Calcutta medical institutions reports 1892-1900
Year: 1892
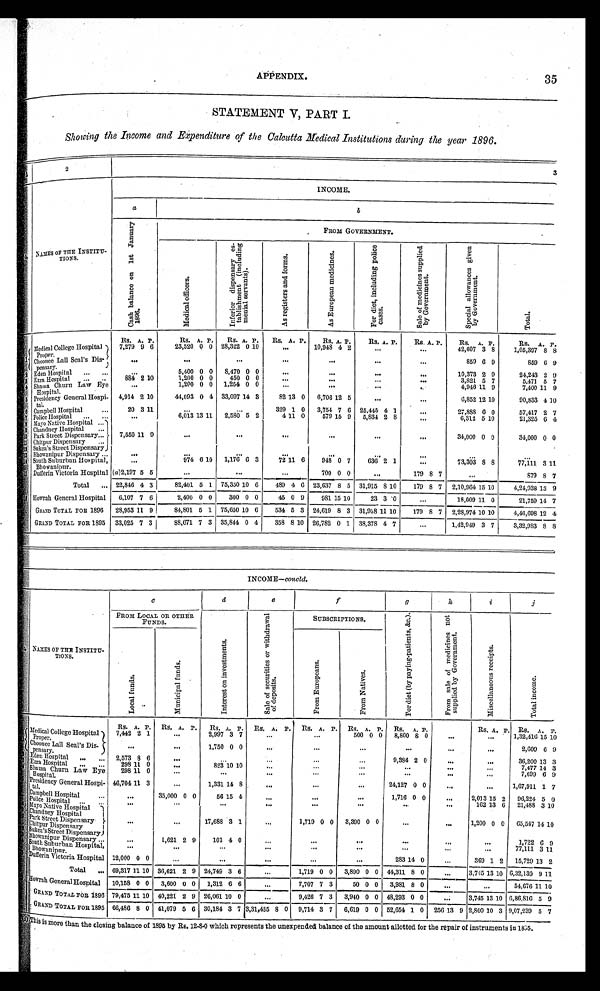
APPENDIX.
35
STATEMENT V, PART I.
Showing the Income and Expenditure of the Calcutta Medical Institutions during the year 1896.
< i l l e g i b l e > 1
2
3
< i l l e g i b l e > 4
NAMES OF THE INSTITU-TIONS.
INCOME.
a
b
C a s h b a l a n c e o n 1 s t J a n u a r y 1 8 9 6 .
FROM GOVERNMENT.
M e d i c a l o f f i c e r s .
I n f e r i o r d i s p e n s a r y e s - t a b l i s h m e n t ( i n c l u d i n g m e n i a l s e r v a n t s ) .
A s r e g i s t e r s a n d f o r m s .
A s E u r p o e a n m e d i c i n e s .
F o r d i e t , i n c l u d i n g p o l i c e c a s e s .
S a l e o f m e d i c i n e s s u p p l i e d b y G o v e r n m e n t .
S p e c i a l a l l o w a n c e s g i v e n b y G o v e r n m e n t .
T o t a l .
Rs. A. P.
Rs. A. P.
Re. A. P.
Rs. A. P.
Rs. A. P.
Rs. A. P.
Rs. A. P.
Rs. A. P.
Rs. A. P.
1 Medical College Hospital Proper. 7,279 9 6
23,520 0 0 28,322 0 10
. . .10,948 4 2
. . .
. . .
42,607 3
8
1,05,397
8
8
Choonee Lall Seal's Dis-pessary.
. . .
. . .
. . .
. . .
. . .
. . .
. . .
859 6 9
859
6 9
2
E d e n H o s p i t a l
. . .
. . .
5,400 0 0
8,470
0
0
. . .
. . .
. . .
. . .
10,373 2 9
24,243 2
9
3 Ezra Hospi t al . . .
884 2 10
1,200 0 0
450 0 0
. . .
. . .
. . .
. . .
3,821 5 7
5,471 5 7
4 Shama Churn Law Eye Hospital.
. . .
1,200 0 0
1,254 0 0
. . .
. . .
. . .
. . .
4,946
1 1 9
7,400 11 9
5
Presi dency General Hospi -t al .
4,914 2 10
44,093 0 4 33,097 14 3
82 13 0
6,706 12 5
. . .
. . .
6,852 12 10
90,833 4 10
6
Campbell Hospital . . .
20 3 11
. . .
. . .
329 1 0
3,754 7 6
25,445 4 1
. . .
27,888
6 0
57,417 2 7
7
Police Hospital
. . .
. . .
6,013 13 11
2,580 5 2
4 11 0
579 15 9
5,834 2
8
. . .
6,312 5 10
21,325 6 4
8 Mayo Native Hospital . . .
7,550 11 9
. . .
. . .
. . .
. . .
. . .
. . .
34,000 0 0
34,000 0 0
9 Chandney Hospita. . . .
1 0 Park Street Dispensary . . .
11 Chitpur Dispensary
. . .
12 Sukea's Street Dispensary
1 3 Bhowanipur Dispensary . . .
. . .
. . .
. . .
. . .
. . .
. . . . . .
. . .
. . .
1 4
. . .
974 6 10
1,176 6 3
72 11 6
948 0 7
636 2 1
. . .
73,303 8 8
77,111 3 11
South Suburban Hospital,
Bhowanipur.
(a)2,197 5 5
. . .
. . .
. . . 700 0 0
. . . 179 8 7
. . .
879
8 7
Dufferin Victoria Hospital
Total . . . 22,846 4 3
82,401 5 1
75,350 10 6
489 4 6 23,637 8 5
31,915
8 10
179 8 7
2,10,964 15 10
4,21,938 13 9
Howrah General Hospital
6,107 7 6
2,400 0 0
300 0 0
45 0 9
981 15 10
23 3 0
. . .
18,009 11 0
21,759 14 7
; GRAND TOTAL FOR 1896
28,953 11 9
84,801.
5 1 75,650 10 6
534 5 3
24,619 8 3 31,958 11 10
179 8 7
2,28,974 10 10
4,46,698 12
4
GRAND TOTAL FOR 1895
33,025 7 3
88,671 7 3 35,844 0 4
358 8 10 26,782 0 1
38,378 4
7
. . .
1,42,949 3 7
3,32,983 8 8
INCOME—concld.
NAMES OF THE INSTITU-
TIONS..
C
d
e
f
g
h
i
j
FROM LOCAL OR OTHER
FUNDS.
I n t e r e s t o n i n v e s t m e n t s .
S a l e o f s e c u r i t i e s o r w i t h d r a w a l o f d e p o s i t s .
SUBSCRIPTIONS.
F o r d i e t ( b y p a y i n g - p a t i e n t s , & c . ) .
F r o m s a l e
o f m e d i c i n e s n o t s u p p l i e d b y G o v e r n m e n t s .
M i s c e l l a n e o u s r e c e i p t s .
T o t a l i n c o m e .
M u n i c i p a l f u n d s .
F r o m E u r o p e a n s .
F r o m N a t i v e s .
L o c a l f u n d s .
Rs. A . P.
Rs. A. P.
Rs. A. P.
Rs. A. P.
Rs. A. P.
Rs. A . P..
Rs.. A. P.
Rs. A. P. Rs. A. P.
1 Medical College Hospital
Proper.
7,442 2 1
. . .
2,997 3 7
. . .
. . .
500 0 0
8,800
8 0
. . .
. . .
1 , 3 2 4 1 6 1 5 10
. . .
. . . 1,750 0 0
. . .
. . .
. . .
. . .
. . .
. . . 2,609 6 9
Choonee Lall Seal's Dis-pensary.
2 Eden Hospital
. . .
2,573 8 6
. . .
. . .
. . .
. . .
. . .
9,384 2 0
. . .
. . .
36,200 13 3
3 Ezra Hospital
. . .
298 11 0
. . .
8 2 3
10 10
. . .
. . .
. . .
. . .. . .
. . . 7,477
1 4 3
4
S h a m a C h u r n L a w E y e
Hospital.
298 11 0
. . .
. . .
. . .
. . .
. . .
. . .
. . .
. . . 7,699 6 9
5 Presidency General Hospi-
tal.
46,704 11 3
. . . 1,331 14 8
. . .
. . .
. . .
24,127 0 0
. . .
. . .1,67,911 1 7
6
. . .
35,000 0 0
56 15 4
. . .
. . .
. . .
1,716 0 0
. . .
2,013 15 2
96,224 5 0
Campbell Hospital . . .
Police Hospital
.
13
6
21,488 3 10
162
. . .
. . .
. . .
. . .
. . .
. . .
. . .
. . .
Ma yo Na t i ve Hos pi t a l . . .
. . .
. . .
17,688 3 1
. . .
1,719 0 0
3,390 0 0
. . .
. . .
1,200 0 0
65,547 14 10
Cjandney Hospital
Park Street Dispensary
Chitpur Dispensary
. . . 1,621 2 9
101 4 0
...
. . .
. . .
. . .
. . . 1,722 6 9
Sukea's Street Dispensary
Bohowanipur Dispensary . . .
South Suburban Hospital,
Bhowanipur.
. . .
. . .
. . .
. . .
. . .
. . .
. . .. . .
. . .
77,111 3 11
12,000 0 0
...
..,
..
"'
...
283 14 0
...
369
-
1 2
15,729
____
13 2
Dufferin Victoria Hospital
Total . . . 69,317 11 10 36,621 2 9 24,749 3 6
. . .
1,719 0 0
3,890 0 0
44,311 8 0
. . .
3,715 13 10 6,32,139 9
1 1
H o w r a h G e n e r a l H o s p i t a l
10,158 0 0
3,600 0 0
1,312 6 6
. . .
7,707 7 3
50 0 0
3,981 8 0
. . .
. . . 54,676 11 10
GRAND TOTAL FOR 1896 79,475 11 10 40,221 2 9 26,061 10 0
. . .
9,426 7 3
3,940 0 0 48,293 0
0
. . .
3,745 13 10 6,86,816 5 9
GRAND TOTAL FOR 1895 66,486 8 0 41,079 5 6 30,184 3 7 3,31,435 8 0
9,714 3 7
6,619 0 0 52,654 1 0
256 13 9 2,800 10 3 9,07,239 5 7
This is more than the closing balance of 1895 by Rs 12-8-0 which represents the unexpended balance of the amount allotted for the repair of instruments in 1895.